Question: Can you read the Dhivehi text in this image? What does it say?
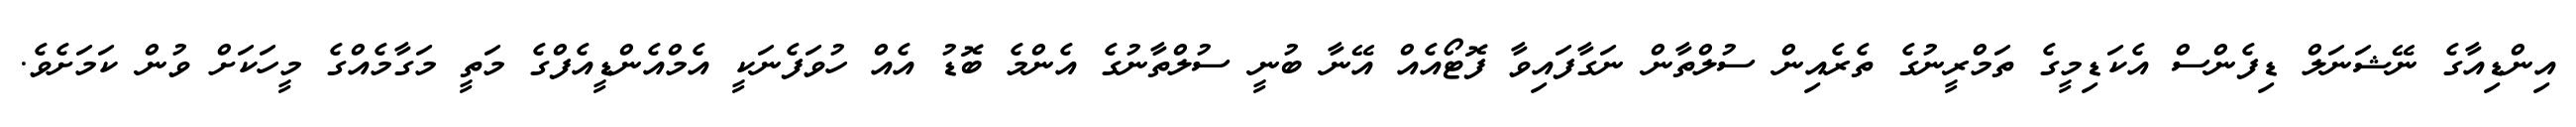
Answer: އިންޑިއާގެ ނޭޝަނަލް ޑިފެންސް އެކަޑިމީގެ ތަމްރީނުގެ ތެރެއިން ސުލްތާން ނަގާފައިވާ ފޮޓޯއެއް އޭނާ ބުނީ ސުލްތާނުގެ އެންމެ ބޮޑު އެއް ހުވަފެނަކީ އެމްއެންޑީއެފްގެ މަތީ މަގާމެއްގެ މީހަކަށް ވުން ކަމަށެވެ.